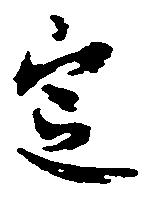
定